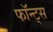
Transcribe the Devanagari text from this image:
फॉन्ट्स